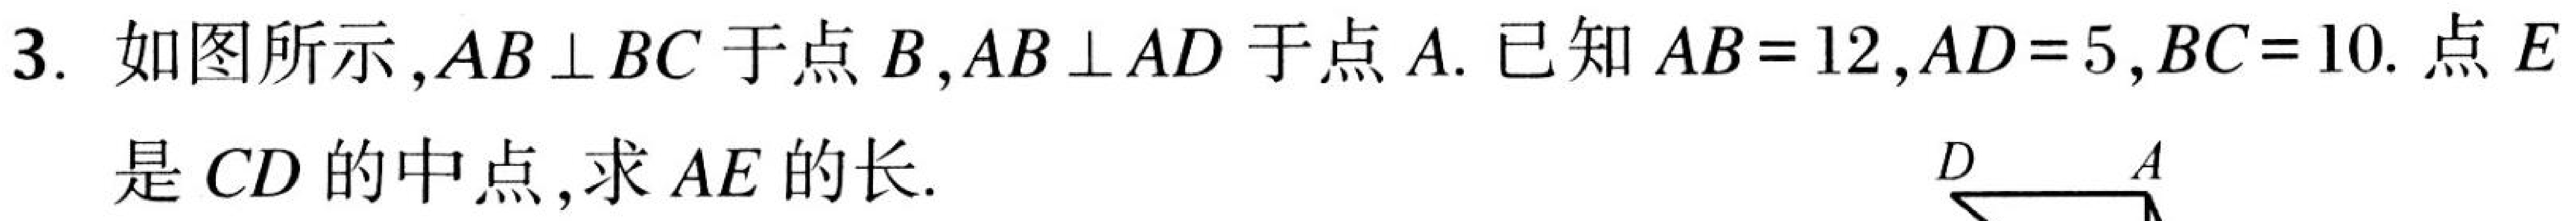
3. 如图所示，\(AB\perp BC\)于点\(B\)，\(AB\perp AD\)于点\(A\). 已知\(AB = 12\)，\(AD = 5\)，\(BC = 10\). 点\(E\)是\(CD\)的中点，求\(AE\)的长.